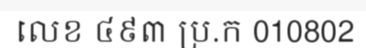
លេខ ៤៩៣ ប្រ.ក 010802